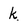
Character: k